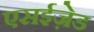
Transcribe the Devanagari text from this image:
एसईज़ेड